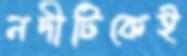
নদীটিকেই